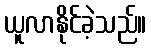
ယူလာနိုင်ခဲ့သည်။